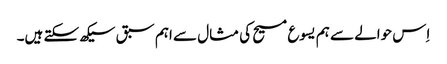
‏ اِس حوالے سے ہم یسوع مسیح کی مثال سے اہم سبق سیکھ سکتے ہیں۔